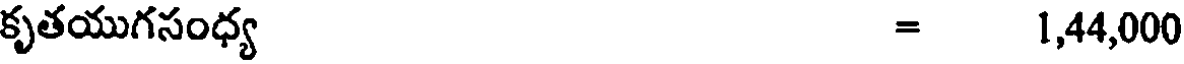
కృతయుగసంధ్య = 1,44,000